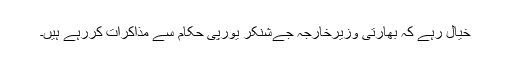
خیال رہے کہ بھارتی وزیرخارجہ جےشنکر یورپی حکام سے مذاکرات کررہے ہیں۔